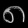
Digit: ၈